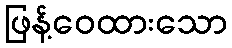
ဖြန့်ဝေထားသော